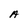
Character: A